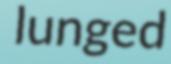
lunged